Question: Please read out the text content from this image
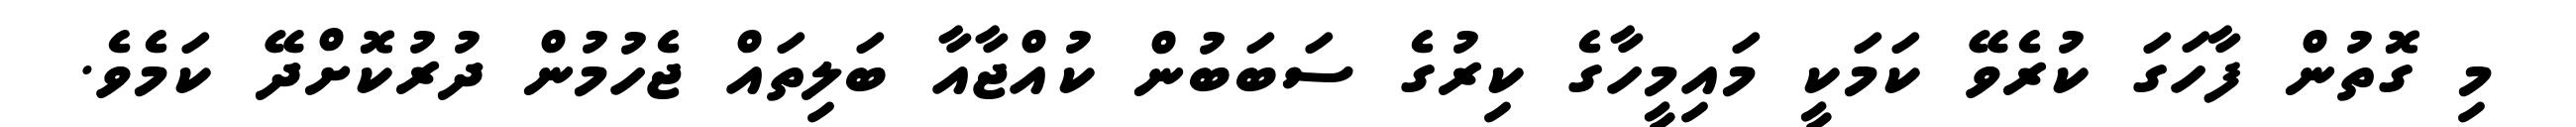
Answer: މި ގޮތުން ފާހަގަ ކުރެވޭ ކަމަކީ މައިމީހާގެ ކިރުގެ ސަބަބުން ކުއްޖާއާ ބަލިތައް ޖެހުމުން ދުރުކޮށްދޭ ކަމެވެ.